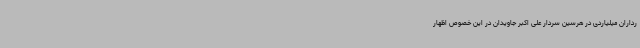
رداران میلیاردی در هرسین سردار علی اکبر جاویدان در این خصوص اظهار